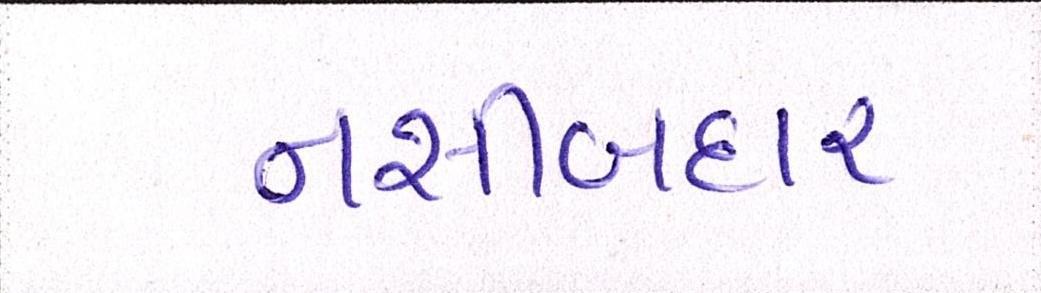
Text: નસીબદાર